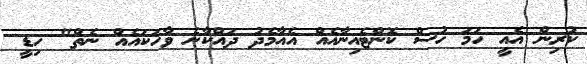
ކުރިން އެއީ ހަމަ ހުސް ކޮންޓެއިނާއެއް އެއާމެދު ދައްކާނެ ވާހަކައެއް ނެތް" ހިޑީ